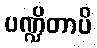
ပဏ္ဍိတာပိ